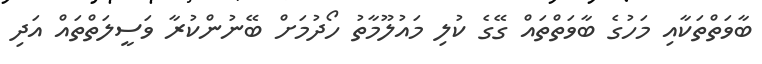
ބާވަތްތަކާއި މަހުގެ ބާވަތްތައް ގޭގެ ކުލި މައުލޫމާތު ހޯދުމަށް ބޭނުންކުރާ ވަސީލަތްތައް އަދި